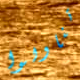
تناولوا